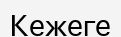
Кежеге